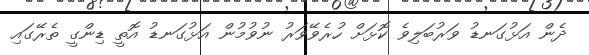
ދެން އަޅުގަނޑު ވަރުބަލިވެ ކޮޅަށް ހުރެވޭވަރު ނުވުމުން އަޅުގަނޑު އޮތީ ޑިންގީ ތެރޭގައި